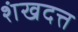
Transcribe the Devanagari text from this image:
शंखदत्त